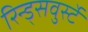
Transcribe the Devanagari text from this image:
रिन्ड्सवुर्स्टे